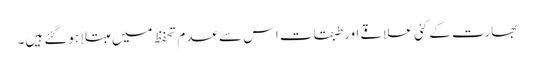
بھارت کے کئی علاقے اور طبقات اس سے عدم تحفظ میں مبتلا ہوگئے ہیں۔